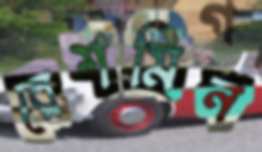
রেশমিন